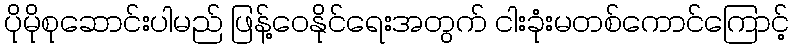
ပိုမိုစုဆောင်းပါမည် ဖြန့်ဝေနိုင်ရေးအတွက် ငါးခုံးမတစ်ကောင်ကြောင့်